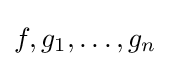
f,g_{1},\ldots ,g_{n}